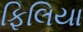
ફિલિયા